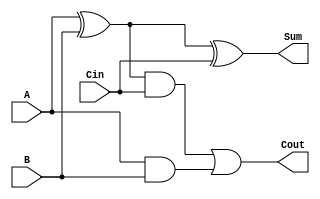
module FullAdder(A, B, Cin, Cout, Sum);
	input A, B, Cin;
	output Cout, Sum;

	wire[2:0] temp;

	xor U1(temp[0], A, B);
	and U2(temp[1], temp[0], Cin);
	and U3(temp[2], A, B);
	xor U4(Sum, temp[0], Cin);
	or U5(Cout, temp[1], temp[2]);

endmodule